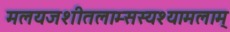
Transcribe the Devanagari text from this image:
मलयजशीतलाम्सस्यश्यामलाम्